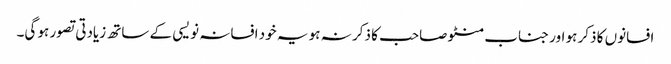
افسانوں کا ذکر ہو اور جناب منٹو صاحب کا ذکر نہ ہو یہ خود افسانہ نویسی کے ساتھ زیادتی تصور ہو گی۔